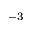
^ { - 3 }